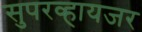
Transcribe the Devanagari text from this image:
सुपरव्हायजर